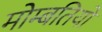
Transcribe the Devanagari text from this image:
मोम्बतियों